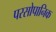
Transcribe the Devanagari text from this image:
परसोपानिक